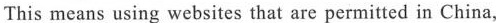
This means using websites that are permitted in China,